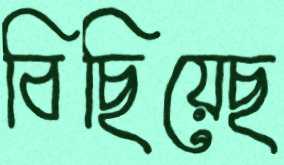
বিছিয়েছ